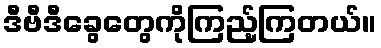
ဒီဗီဒီခွေတွေကိုကြည့်ကြတယ်။